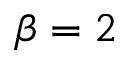
\beta = 2